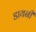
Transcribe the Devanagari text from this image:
डायनी